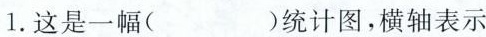
1.这是一幅（）统计图，横轴表示